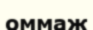
оммаж